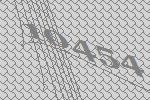
10454